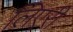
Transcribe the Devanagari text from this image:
लिएरी